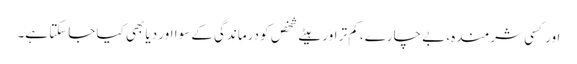
اور کسی شرمندہ، بے چارے، کم تر اور ہیٹے شخص کو درماندگی کے سوا اور دیا بھی کیا جاسکتا ہے۔